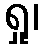
ရှု၊